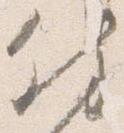
付